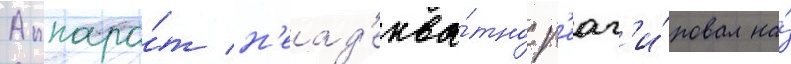
Аппара́т н'еад'еква́тно р'еаг'и́ровал на́